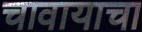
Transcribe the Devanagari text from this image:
चावायाचा